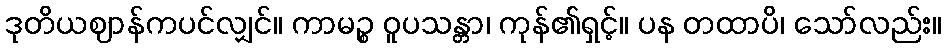
ဒုတိယဈာန်ကပင်လျှင်။ ကာမဉ္စ ဝူပသန္တာ၊ ကုန်၏ရှင့်။ ပန တထာပိ၊ သော်လည်း။